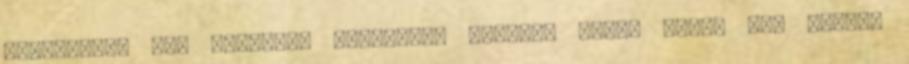
kislányból egy hatalmas birodalom úrnője, hanem arról is, hogyan